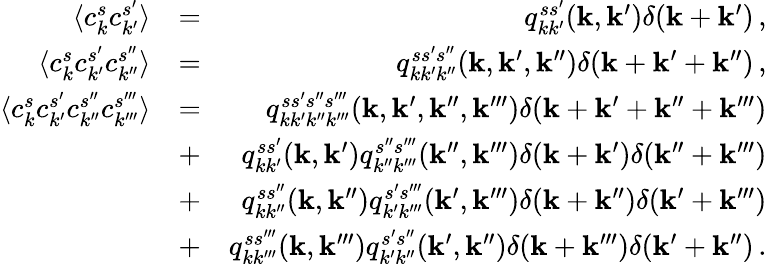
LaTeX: \begin{array}{rlr}{\langle c_{k}^{s}c_{k^{\prime}}^{s^{\prime}}\rangle}&{=}&{q_{kk^{\prime}}^{ss^{\prime}}({\mathbf k},{\mathbf k}^{\prime})\delta({\mathbf k}+{\mathbf k}^{\prime})\, ,}\\ {\langle c_{k}^{s}c_{k^{\prime}}^{s^{\prime}}c_{k^{\prime\prime}}^{s^{\prime\prime}}\rangle}&{=}&{q_{kk^{\prime}k^{\prime\prime}}^{ss^{\prime}s^{\prime\prime}}({\mathbf k},{\mathbf k}^{\prime},{\mathbf k}^{\prime\prime})\delta({\mathbf k}+{\mathbf k}^{\prime}+{\mathbf k}^{\prime\prime})\, ,}\\ {\langle c_{k}^{s}c_{k^{\prime}}^{s^{\prime}}c_{k^{\prime\prime}}^{s^{\prime\prime}}c_{k^{\prime\prime\prime}}^{s^{\prime\prime\prime}}\rangle}&{=}&{q_{kk^{\prime}k^{\prime\prime}k^{\prime\prime\prime}}^{ss^{\prime}s^{\prime\prime}s^{\prime\prime\prime}}({\mathbf k},{\mathbf k}^{\prime},{\mathbf k}^{\prime\prime},{\mathbf k}^{\prime\prime\prime})\delta({\mathbf k}+{\mathbf k}^{\prime}+{\mathbf k}^{\prime\prime}+{\mathbf k}^{\prime\prime\prime})}\\ &{+}&{q_{kk^{\prime}}^{ss^{\prime}}({\mathbf k},{\mathbf k}^{\prime})q_{k^{\prime\prime}k^{\prime\prime\prime}}^{s^{\prime\prime}s^{\prime\prime\prime}}({\mathbf k}^{\prime\prime},{\mathbf k}^{\prime\prime\prime})\delta({\mathbf k}+{\mathbf k}^{\prime})\delta({\mathbf k}^{\prime\prime}+{\mathbf k}^{\prime\prime\prime})}\\ &{+}&{q_{kk^{\prime\prime}}^{ss^{\prime\prime}}({\mathbf k},{\mathbf k}^{\prime\prime})q_{k^{\prime}k^{\prime\prime\prime}}^{s^{\prime}s^{\prime\prime\prime}}({\mathbf k}^{\prime},{\mathbf k}^{\prime\prime\prime})\delta({\mathbf k}+{\mathbf k}^{\prime\prime})\delta({\mathbf k}^{\prime}+{\mathbf k}^{\prime\prime\prime})}\\ &{+}&{q_{kk^{\prime\prime\prime}}^{ss^{\prime\prime\prime}}({\mathbf k},{\mathbf k}^{\prime\prime\prime})q_{k^{\prime}k^{\prime\prime}}^{s^{\prime}s^{\prime\prime}}({\mathbf k}^{\prime},{\mathbf k}^{\prime\prime})\delta({\mathbf k}+{\mathbf k}^{\prime\prime\prime})\delta({\mathbf k}^{\prime}+{\mathbf k}^{\prime\prime})\, .}\end{array}